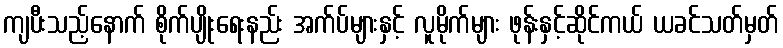
ကျပီးသည့်နောက် စိုက်ပျိုးရေးနည်း အက်ပ်များနှင့် လူမိုက်များ ဖုန်းနှင့်ဆိုင်ကယ် ယခင်သတ်မှတ်